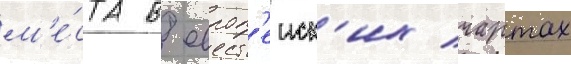
м'е́ста в европ'еиск'их чартах